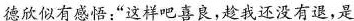
德欣似有感悟:“这样吧喜良，趁我还没有退，是